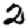
Digit: 2